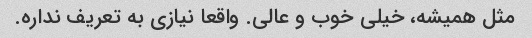
مثل همیشه، خیلی خوب و عالی. واقعا نیازی به تعریف نداره.